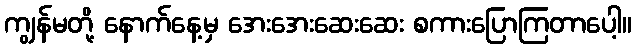
ကျွန်မတို့ နောက်နေ့မှ အေးအေးဆေးဆေး စကားပြောကြတာပေါ့။